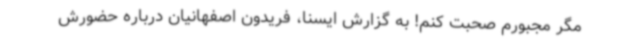
مگر مجبورم صحبت کنم! به گزارش ایسنا، فریدون اصفهانیان درباره حضورش